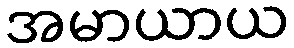
အမာယာယ